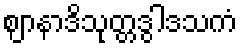
ဈာနာဒိသုတ္တဒွါဒသကံ